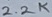
Text: 2.2K